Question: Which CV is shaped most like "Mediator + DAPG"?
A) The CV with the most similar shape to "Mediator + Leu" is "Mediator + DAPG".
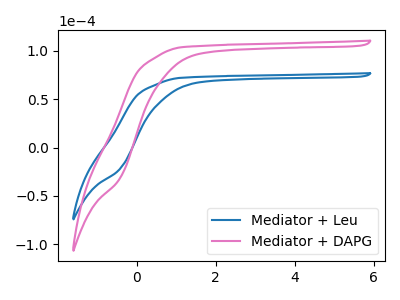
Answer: <think>The blue curve "Mediator + Leu" has no peaks. The pink curve "Mediator + DAPG" has no peaks.
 Neither "Mediator + Leu" or "Mediator + DAPG" have any peaks.</think>
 <answer>A) The CV with the most similar shape to "Mediator + Leu" is "Mediator + DAPG".</answer>
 <eval>A</eval>